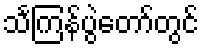
သင်္ကြန်ပွဲတော်တွင်